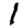
Digit: 1